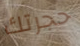
حجرتك